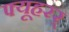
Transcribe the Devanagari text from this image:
फ्यूहरर्